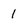
Character: 1